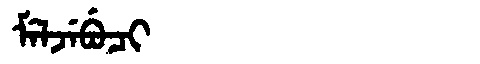
Manchu: ᠮᡝᠯᠵᡝᠪᡠᠴᡳ
Romanization: MELJEBUCI